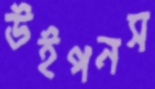
উইপনস